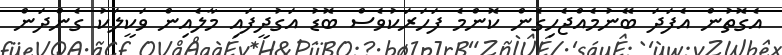
އެގޮތުން އެފަދަ ބޭނުމެއްޖެހިގެން ކޮންމެ ފަހަރަކުވެސް ބޮޑު އަގުދީފައި މާލެއިން ވަކީލަކު ގެންދަން